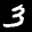
Label: 3